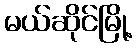
မယ်ဆိုင်မြို့